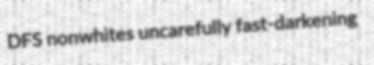
DFS nonwhites uncarefully fast-darkening